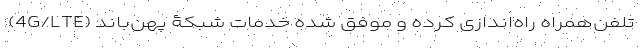
(4G/LTE) تلفن‌همراه راه‌اندازی کرده و موفق شده خدمات شبکۀ پهن‌باند